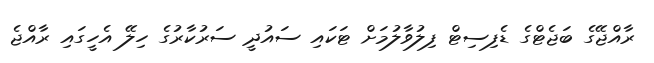
ރާއްޖޭގެ ބަޖެޓްގެ ޑެފިސިޓް ފިލުވާލުމަށް ޓަކައި ސައުދީ ސަރުކާރުގެ ހިލޭ އެހީގައި ރާއްޖެ